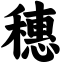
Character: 穗